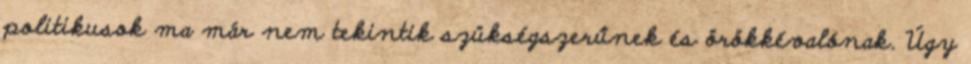
politikusok ma már nem tekintik szükségszerűnek és örökkévalónak. Úgy